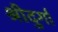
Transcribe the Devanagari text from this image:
श्रीदुर्गा